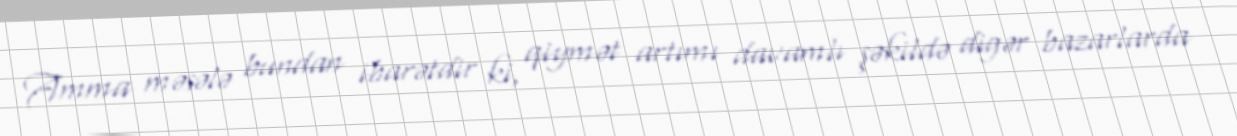
Amma məsələ bundan ibarətdir ki, qiymət artımı davamlı şəkildə digər bazarlarda